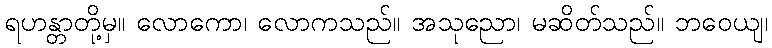
ရဟန္တာတို့မှ။ လောကော၊ လောကသည်။ အသုညော၊ မဆိတ်သည်။ ဘဝေယျ၊